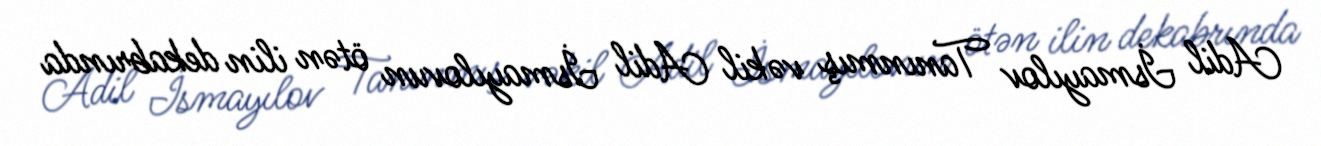
Adil İsmayılov Tanınmış vəkil Adil İsmayılovun ötən ilin dekabrında